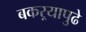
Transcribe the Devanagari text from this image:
बकऱ्यापुढे